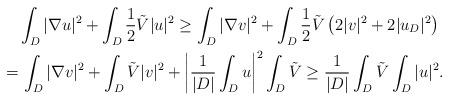
LaTeX: \begin{align*} &\quad\int_D |\nabla u|^2 + \int_D \frac{1}{2} \tilde{V}|u|^2 \geq \int_D |\nabla v|^2 + \int_D \frac{1}{2} \tilde{V} \left(2 |v|^2 + 2 |u_D|^2\right) \\ & = \int_D |\nabla v|^2 + \int_D \tilde{V} |v|^2 + \left|\frac{1}{|D|} \int_D u\right|^2 \int_D \tilde{V} \ge \frac{1}{|D|} \int_D \tilde{V} \int_D |u|^2 .\end{align*}